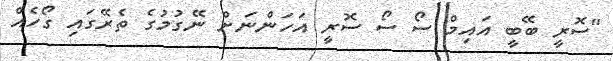
"ސޮރީ ބޭބީ އައިމް ސޯ ސޯ ސޮރީ އަހަންނަށް ނޭގުމުގެ ތެރޭގައި ގޯހެއް